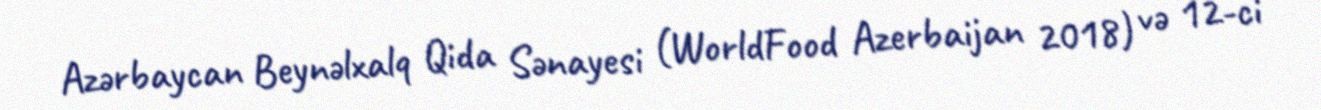
Azərbaycan Beynəlxalq Qida Sənayesi (WorldFood Azerbaijan 2018) və 12-ci